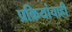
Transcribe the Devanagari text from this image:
प्रक्रियांचाही